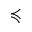
\preccurlyeq